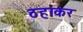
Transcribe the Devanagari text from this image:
ठहाकर